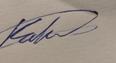
Signature authenticity: genuine